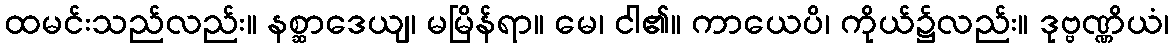
ထမင်းသည်လည်း။ နစ္ဆာဒေယျ၊ မမြိန်ရာ။ မေ၊ ငါ၏။ ကာယေပိ၊ ကိုယ်၌လည်း။ ဒုဗ္ဗဏ္ဏိယံ၊